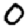
Digit: 0